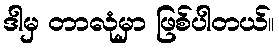
ဒါမှ တာလုံမှာ ဖြစ်ပါတယ်။